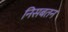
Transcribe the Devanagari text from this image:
निसबतन